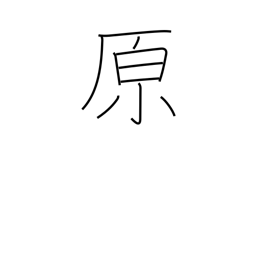
Meaning: prairie